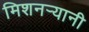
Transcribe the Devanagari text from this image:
मिशनर्‍यानी